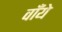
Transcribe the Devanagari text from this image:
वाँये